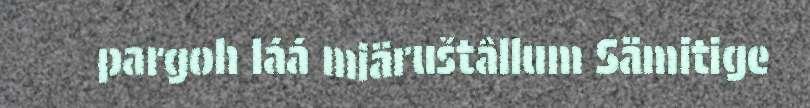
pargoh láá miäruštâllum Sämitige